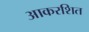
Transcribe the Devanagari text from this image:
आकरशित